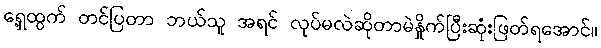
ရှေ့ထွက် တင်ပြတာ ဘယ်သူ အရင် လုပ်မလဲဆိုတာမဲနှိုက်ပြီးဆုံးဖြတ်ရအောင်။